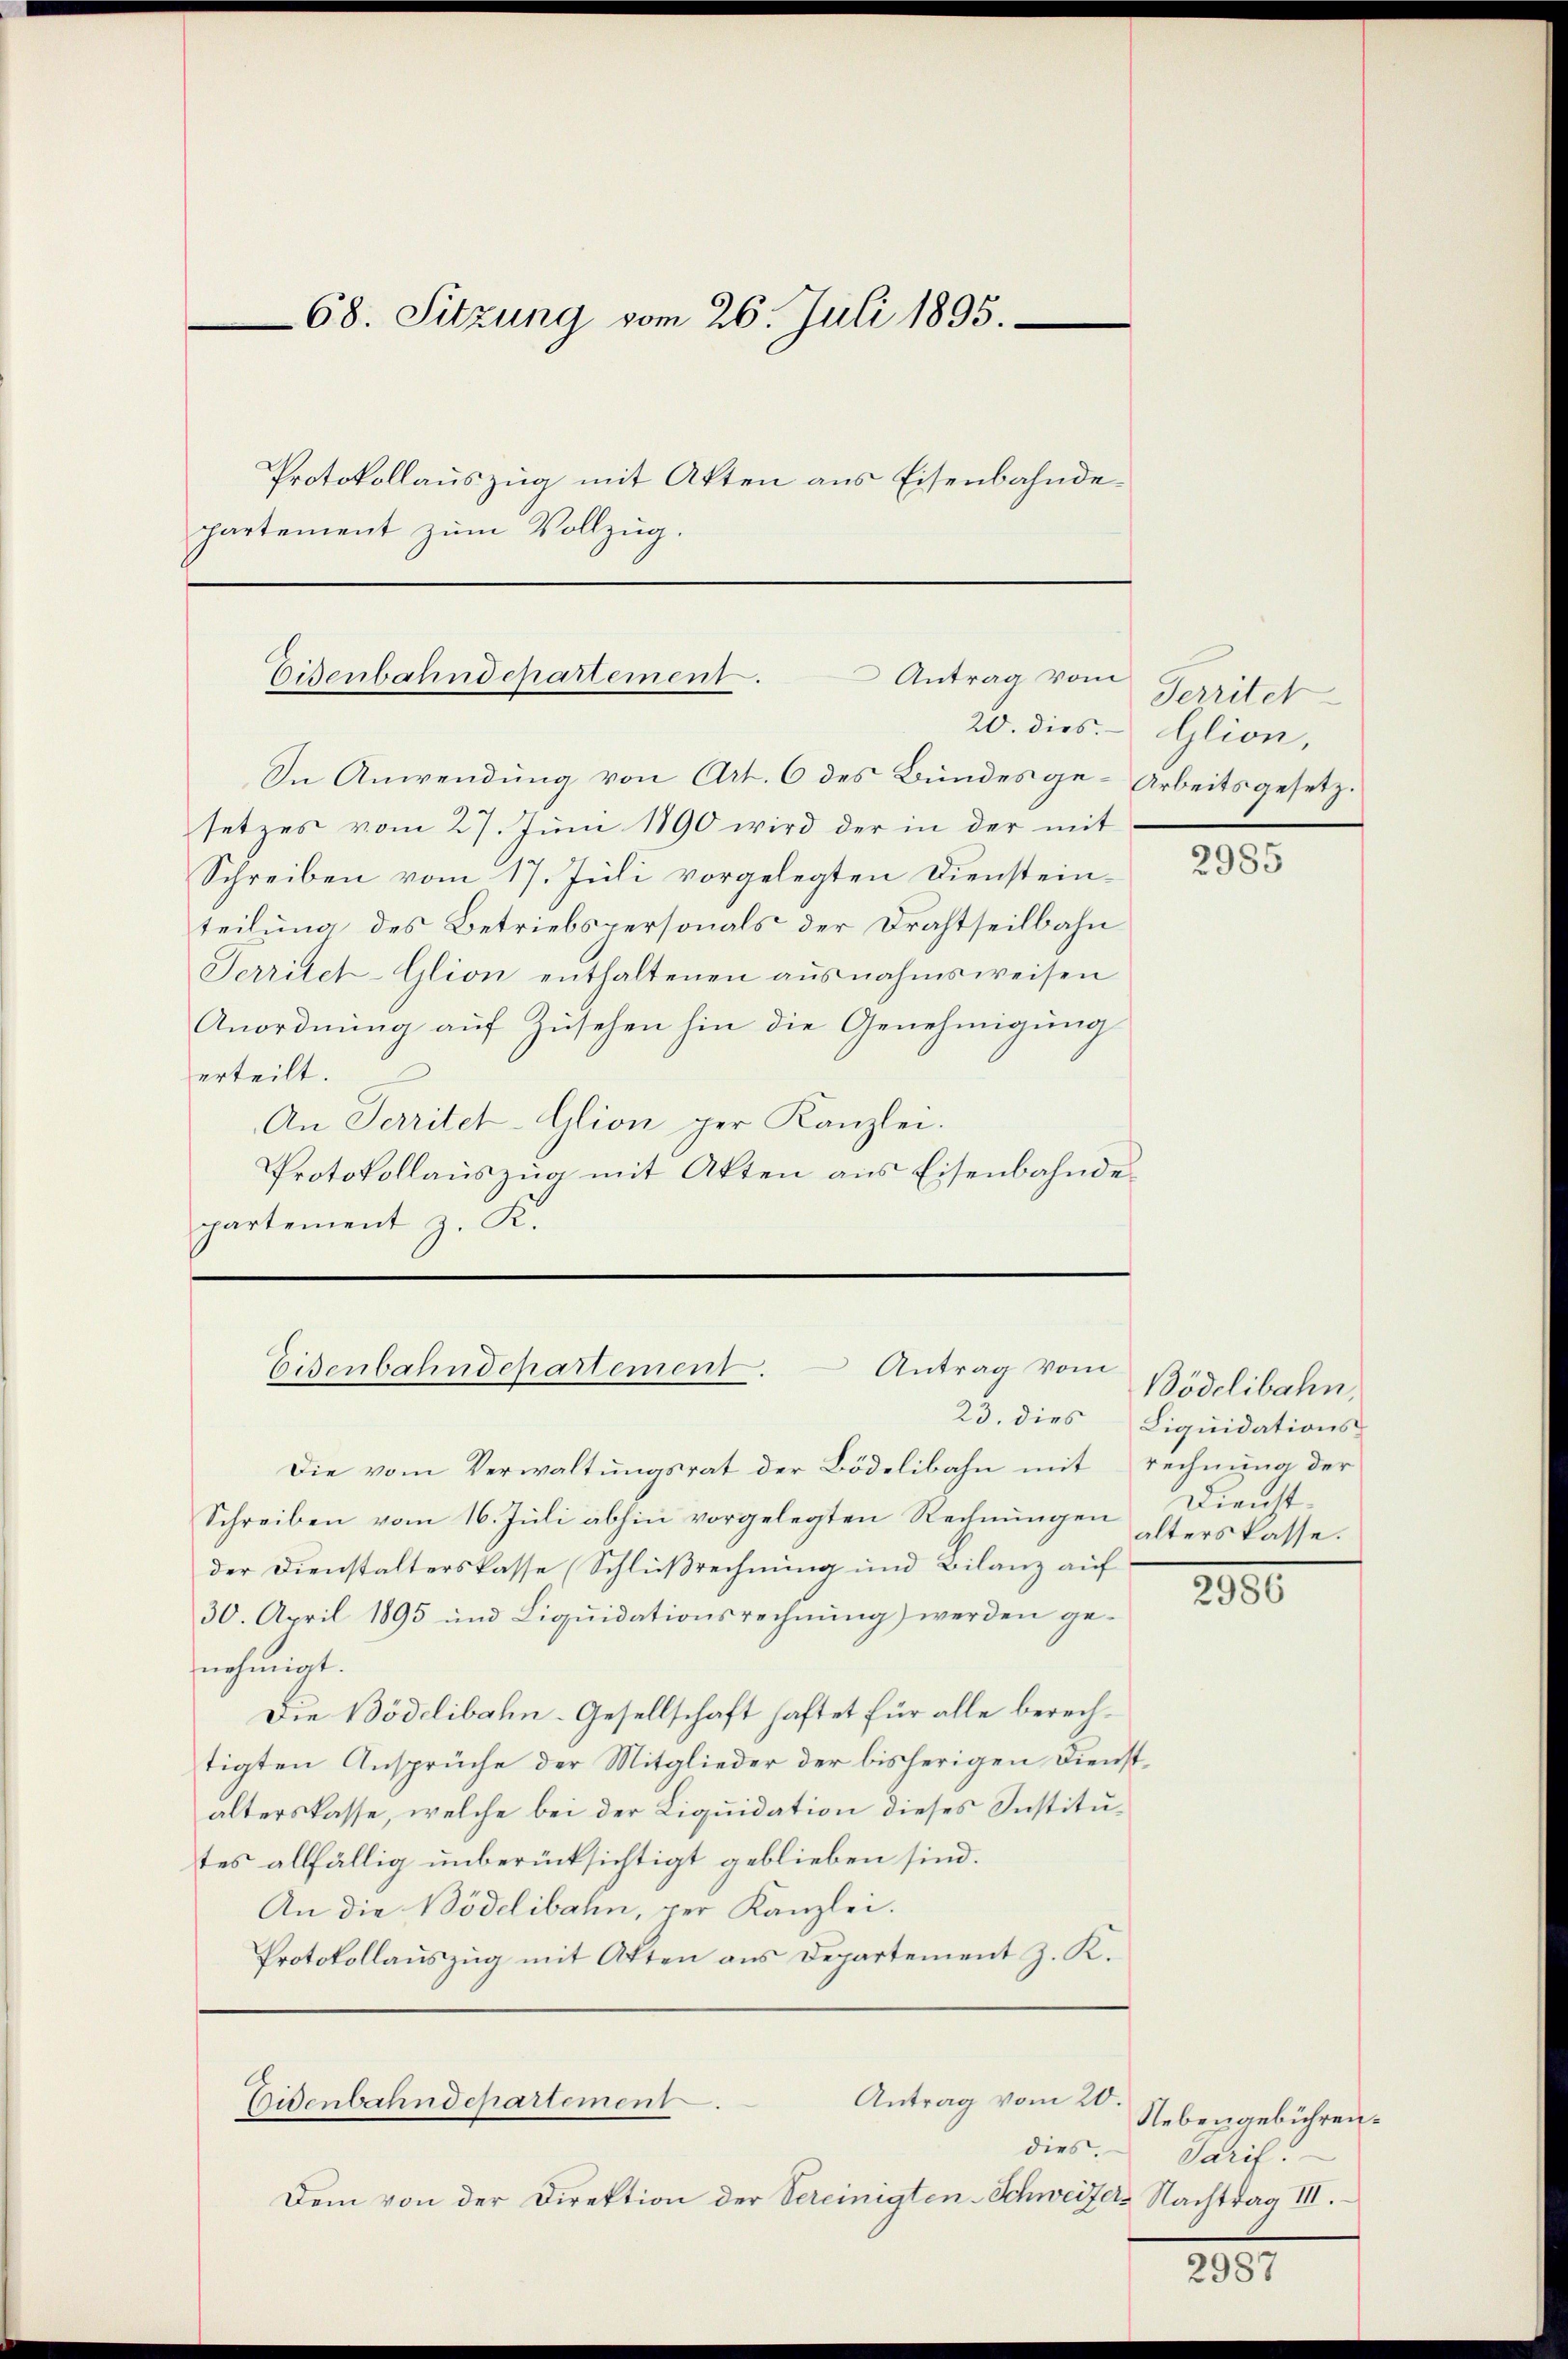
68. Sitzung vom 26. Juli 1895.
Protokollauszug mit Akten aus Eisenbahndepartement zum Vollzug.

Antrag vom
Eisenbahndepartement.

In Anwendung von Art. 6 des Bundesge-Arbeitsgesetzsetzes vom 27. Juni 1890 wird der in der mit
Schreiben vom 17. Juli vorgelegten Dienstein-
teilung des Betriebspersonals der Drahtseilbahn
Territet-Glion enthaltenen ausnahmsweisen
Anordnung auf Zusehen hin die Genehmigung
erteilt.
An Territet-Glion per Kanzlei.
Protokollauszug mit Akten aus Eisenbahndepartement z. K.

Eisenbahndchartement. Antrag vom

Die vom Verwaltungsrat der Bödelibahn mit rechnung der
Schreiben vom 16. Juli abhin vorgelegten Rechnungen
der Dienstalterskasse (Schlußrechnung und Bilanz auf
30. April 1895 und Liquidationsrechnung) werden genehmigt.
Die Bödelibahn-Gesellschaft haftet für alle berechtigten Ansprüche der Mitglieder der bisherigen Dienstalterskasse, welche bei der Liquidation dieses Institutes allfällig unberücksichtigt geblieben sind.
An die Bödelibahn, per Kanzlei.
Protokollauszug mit Atten aus Departement z. K.

Dem von der Direktion der Vereinigten-Schweizers Nachtrag III.

Antrag vom 20.
Eisenbahndepartement.

dies.

Territet
20. dies. Glion,

2985

Bödelibahn,
23. dies Liquidations-
Dienst.
alterskasse.

2900

Nebengebühren.
Sarif.

2987